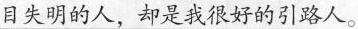
目失明的人，却是我很好的引路人。